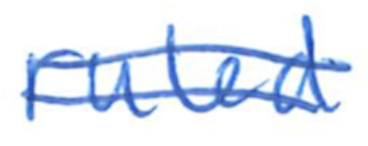
Text: ruled
Cross-out: double-line
Writing tool: ballpoint